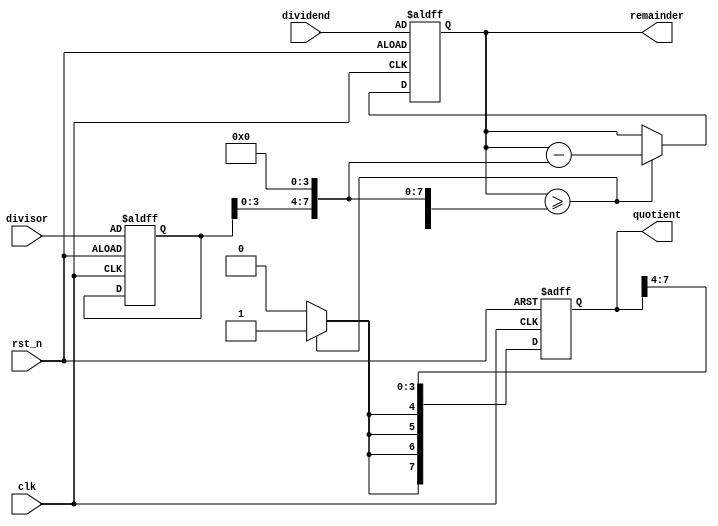
module verified_radix2_div(
    input 			[7:0]  		dividend 	,  		
    input 			[7:0]  		divisor 	,   	
    input						clk 	 	,	 	
    input                       rst_n       ,       
    output wire 		[7:0] 	quotient 	,  		
    output wire 		[7:0] 	remainder  			
);

reg [7:0] remainder_reg; 
reg [7:0] divisor_reg;   
reg [7:0] quotient_reg;  
reg [3:0] i;             

always@(posedge  clk or negedge rst_n) begin
    if (!rst_n ) begin
            remainder_reg <= dividend;
            divisor_reg <= divisor;
            quotient_reg <= 0;
    end
    else begin
  
        if(remainder_reg >= {divisor_reg,4'b0}) begin
            remainder_reg <= remainder_reg - {divisor_reg,4'b0};
            quotient_reg[7] <= 1;
        end
        else begin
            quotient_reg[7] <= 0;
        end
        
        
        if(remainder_reg >= {divisor_reg,3'b0,1'b0}) begin
            remainder_reg <= remainder_reg - {divisor_reg,3'b0,1'b0};
            quotient_reg[6] <= 1;
        end
        else begin
            quotient_reg[6] <= 0;
        end
        
      
        if(remainder_reg >= {divisor_reg,2'b0,2'b0}) begin
            remainder_reg <= remainder_reg - {divisor_reg,2'b0,2'b0};
            quotient_reg[5] <= 1;
        end
        else begin
            quotient_reg[5] <= 0;
        end
        
       
        if(remainder_reg >= {divisor_reg,1'b0,3'b0}) begin
            remainder_reg <= remainder_reg - {divisor_reg,1'b0,3'b0};
            quotient_reg[4] <= 1;
        end
        else begin
            quotient_reg[4] <= 0;
        end
        
        
        for(i=0;i<4;i=i+1) begin
            quotient_reg[i] <= quotient_reg[i+4];
        end
    end
end


assign quotient = quotient_reg;
assign remainder = remainder_reg;
    
endmodule